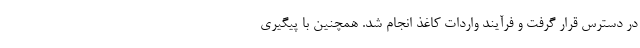
در دسترس قرار گرفت و فرآیند واردات کاغذ انجام شد. همچنین با پیگیری